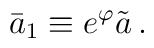
\bar{a}_1 \equiv e^\varphi\tilde{a} \, .